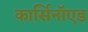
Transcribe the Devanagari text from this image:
कार्सिनॉएड